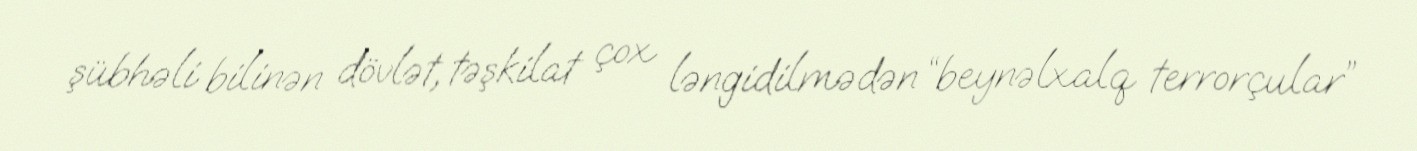
şübhəli bilinən dövlət, təşkilat çox ləngidilmədən “beynəlxalq terrorçular”